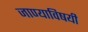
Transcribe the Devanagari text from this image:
जाण्याविषयी